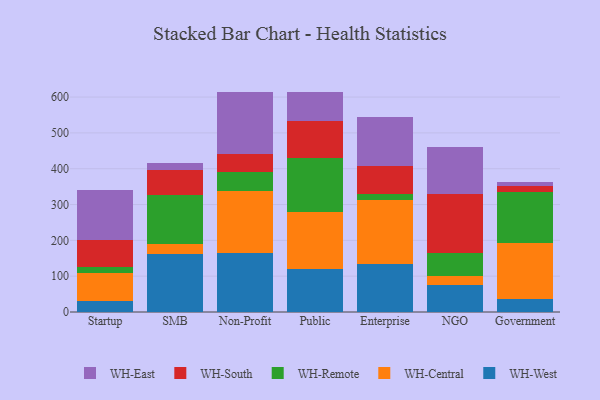
{"axis": {"x": "Segment", "y": "LTV (USD)"}, "legend": ["WH-Central", "WH-East", "WH-Remote", "WH-South", "WH-West"], "data": [{"x": "Startup", "y": 30.4, "type": "WH-West"}, {"x": "Startup", "y": 77.8, "type": "WH-Central"}, {"x": "Startup", "y": 18.2, "type": "WH-Remote"}, {"x": "Startup", "y": 75.0, "type": "WH-South"}, {"x": "Startup", "y": 140.5, "type": "WH-East"}, {"x": "SMB", "y": 161.3, "type": "WH-West"}, {"x": "SMB", "y": 29.5, "type": "WH-Central"}, {"x": "SMB", "y": 137.0, "type": "WH-Remote"}, {"x": "SMB", "y": 67.3, "type": "WH-South"}, {"x": "SMB", "y": 20.0, "type": "WH-East"}, {"x": "Non-Profit", "y": 164.9, "type": "WH-West"}, {"x": "Non-Profit", "y": 173.0, "type": "WH-Central"}, {"x": "Non-Profit", "y": 54.2, "type": "WH-Remote"}, {"x": "Non-Profit", "y": 48.0, "type": "WH-South"}, {"x": "Non-Profit", "y": 175.1, "type": "WH-East"}, {"x": "Public", "y": 120.4, "type": "WH-West"}, {"x": "Public", "y": 157.7, "type": "WH-Central"}, {"x": "Public", "y": 150.6, "type": "WH-Remote"}, {"x": "Public", "y": 105.5, "type": "WH-South"}, {"x": "Public", "y": 80.0, "type": "WH-East"}, {"x": "Enterprise", "y": 135.3, "type": "WH-West"}, {"x": "Enterprise", "y": 176.6, "type": "WH-Central"}, {"x": "Enterprise", "y": 17.1, "type": "WH-Remote"}, {"x": "Enterprise", "y": 77.2, "type": "WH-South"}, {"x": "Enterprise", "y": 139.0, "type": "WH-East"}, {"x": "NGO", "y": 74.0, "type": "WH-West"}, {"x": "NGO", "y": 27.4, "type": "WH-Central"}, {"x": "NGO", "y": 62.8, "type": "WH-Remote"}, {"x": "NGO", "y": 166.5, "type": "WH-South"}, {"x": "NGO", "y": 129.2, "type": "WH-East"}, {"x": "Government", "y": 37.2, "type": "WH-West"}, {"x": "Government", "y": 155.6, "type": "WH-Central"}, {"x": "Government", "y": 141.1, "type": "WH-Remote"}, {"x": "Government", "y": 18.5, "type": "WH-South"}, {"x": "Government", "y": 10.9, "type": "WH-East"}]}